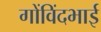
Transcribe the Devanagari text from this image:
गोंविंदभाई